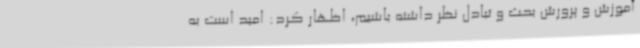
آموزش و پرورش بحث و تبادل نظر داشته باشیم، اظهار کرد: امید است به